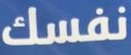
نفسك